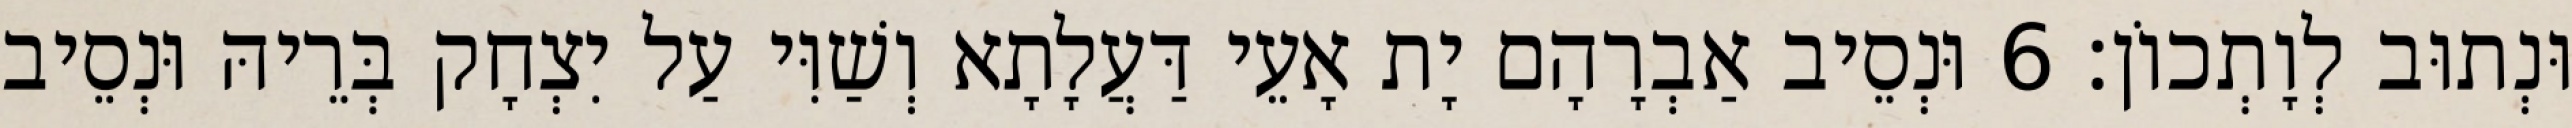
וּנְתוּב לְוָתְכוֹן׃ 6 וּנְסֵיב אַבְרָהָם יָת אָעֵי דַּעֲלָתָא וְשַׁוִּי עַל יִצְחָק בְּרֵיהּ וּנְסֵיב